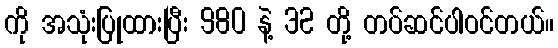
ကို အသုံးပြုထားပြီး 980 နဲ့ 32 တို့ တပ်ဆင်ပါဝင်တယ်။